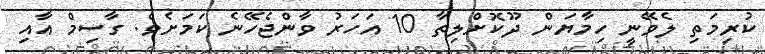
ކުރިމަތި ލެވޭނީ ހިމާޔަން ދޫކޮށްލިތާ 10 އަހަރު ވާންޖެހޭނެ ކަމަށެވެ. ގާސިމް އާއި